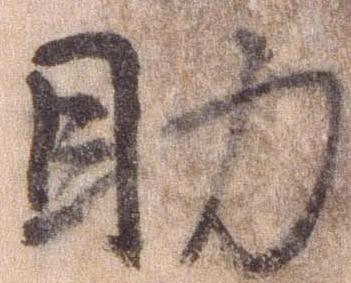
助